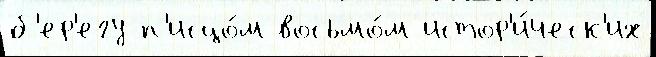
б'ер'егу п'исцо́м восьмо́м истор'и́ческ'их